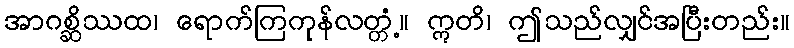
အာဂစ္ဆိဿထ၊ ရောက်ကြကုန်လတ္တံ့။ ဣတိ၊ ဤသည်လျှင်အပြီးတည်း။